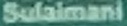
Sulaimani